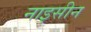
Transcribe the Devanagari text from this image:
नाइसीन